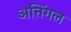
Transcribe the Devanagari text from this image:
अत्तिंगल